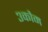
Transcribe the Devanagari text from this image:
३कौम